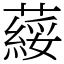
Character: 䕑